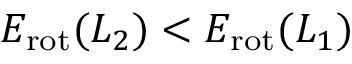
E _ { \mathrm { r o t } } ( L _ { 2 } ) < E _ { \mathrm { r o t } } ( L _ { 1 } )